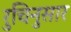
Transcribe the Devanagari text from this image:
रुचिनुसार